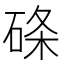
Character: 𥓃